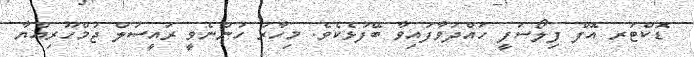
ޑޮކްޓަރ އޮފް ފިލޯސަފީ ހައްދަވާފައިވާ ބޭފުޅެކެވެ. މިހާރު ހުންނެވީ ރައީސުލް ޖުމްހޫރިއްޔާ